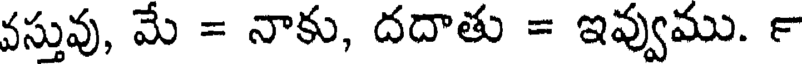
వస్తువు, మే = నాకు, దదాతు = ఇవ్వుము. ౯